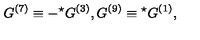
G ^ { ( 7 ) } \equiv - { } ^ { \star } G ^ { ( 3 ) } , G ^ { ( 9 ) } \equiv { } ^ { \star } G ^ { ( 1 ) } ,